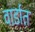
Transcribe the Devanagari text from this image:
वार्डात